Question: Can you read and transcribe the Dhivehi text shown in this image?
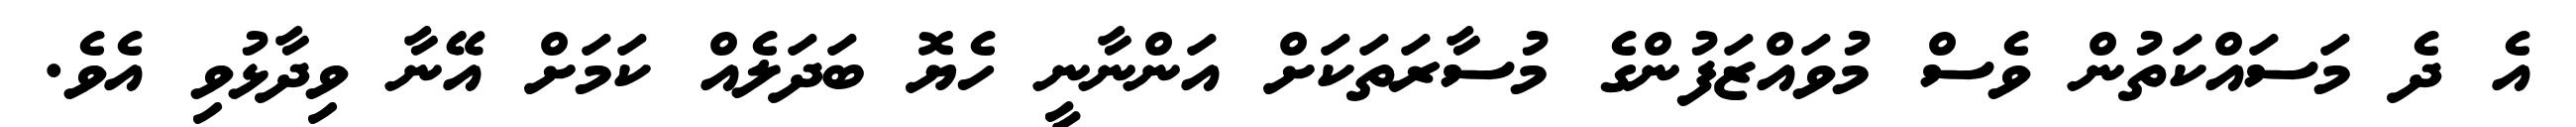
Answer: އެ ދެ މަސައްކަތުން ވެސް މުވައްޒަފުންގެ މުސާރަތަކަށް އަންނާނީ ހެޔޮ ބަދަލެއް ކަމަށް އޭނާ ވިދާޅުވި އެވެ.